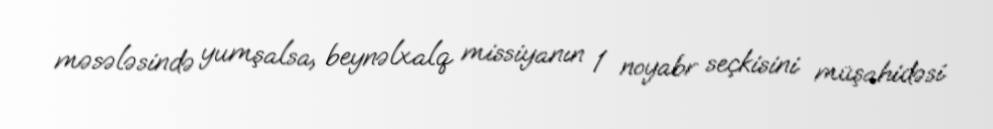
məsələsində yumşalsa, beynəlxalq missiyanın 1 noyabr seçkisini müşahidəsi